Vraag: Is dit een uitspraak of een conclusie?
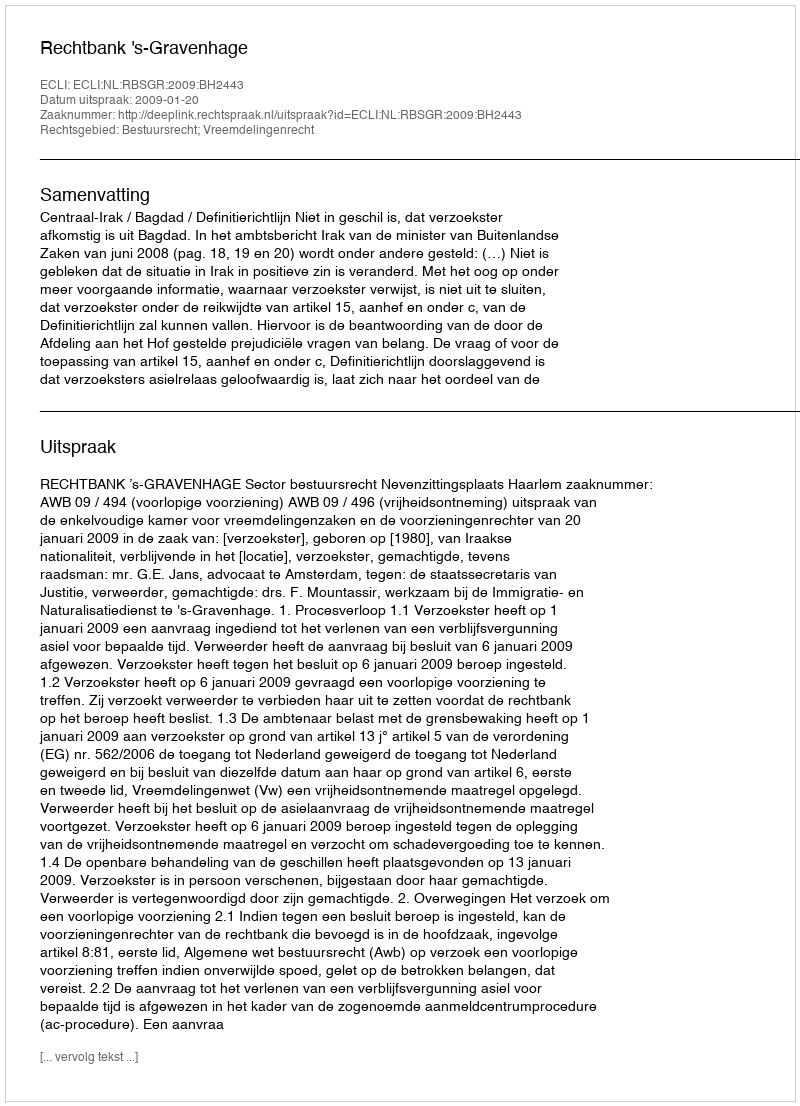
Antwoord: Uitspraak